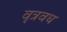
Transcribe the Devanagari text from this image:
वृत्रवध